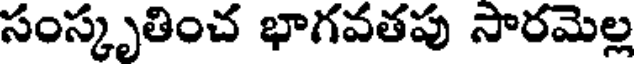
సంస్కృతించ భాగవతపు సారమెల్ల